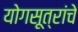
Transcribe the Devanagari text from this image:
योगसूत्रांचे